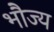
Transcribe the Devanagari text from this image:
भौज्य